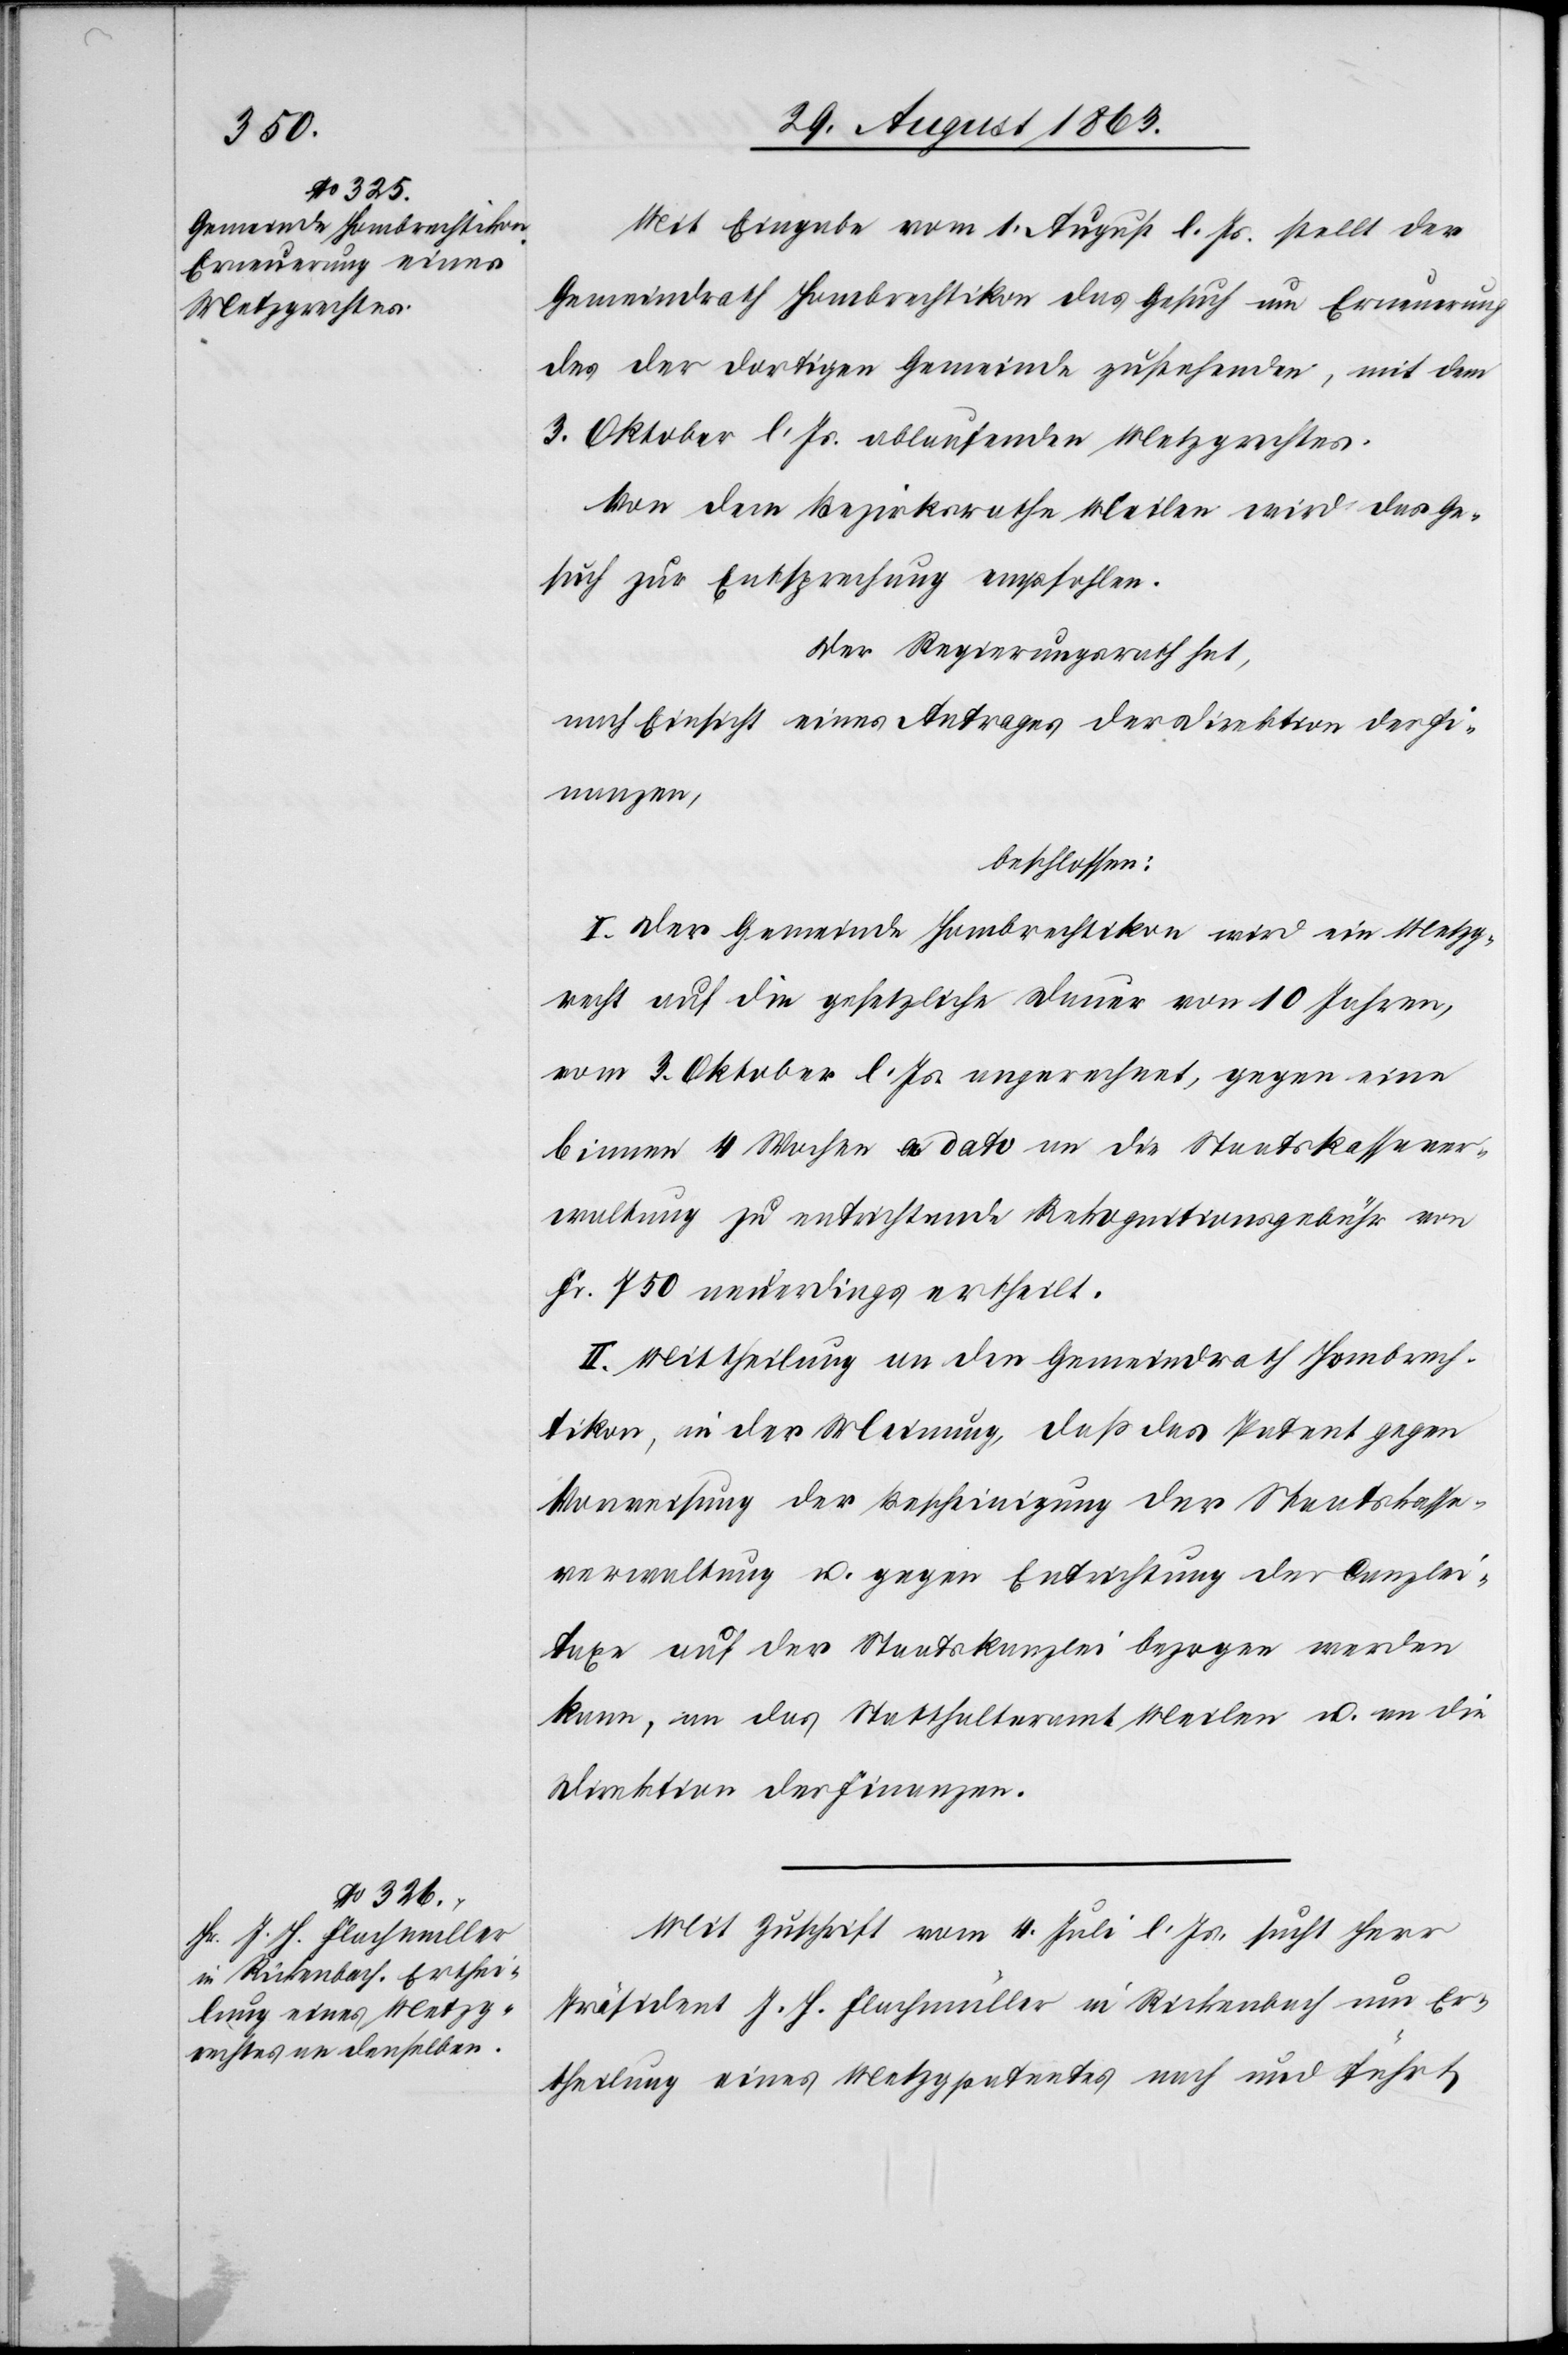
Mit Eingabe vom 1. August l. Js. stellt der
Gemeindrath Hombrechtikon das Gesuch um Erneuerung
des der dortigen Gemeinde zustehenden, mit dem
3. Oktober l. Js. ablaufenden Metzgrechtes.
Von dem Bezirksrathe Meilen wird das Ge¬
such zur Entsprechung empfohlen.
Der Regierungsrath hat,
nach Einsicht eines Antrages der Direktion der Fi¬
nanzen,
beschlossen:
I. Der Gemeinde Hombrechtikon wird ein Metzg¬
recht auf die gesetzliche Dauer von 10 Jahren,
vom 3. Oktober l. Js. angerechnet, gegen eine
binnen 4 Wochen a dato an die Staatskassaver¬
waltung zu entrichtende Rekognitionsgebühr von
Fr. 750 neuerdings ertheilt.
II. Mittheilung an den Gemeindrath Hombrech¬
tikon, in der Meinung, daß das Patent gegen
Vorweisung der Bescheinigung der Staatskassa¬
verwaltung u. gegen Entrichtung der Canzlei¬
taxe auf der Staatskanzlei bezogen werden
kann, an das Statthalteramt Meilen u. an die
Direktion der Finanzen.
Mit Zuschrift vom 4. Juli l. Js. sucht Herr
Präsident J. H. Flachmüller in Rickenbach um Er¬
theilung eines Metzgpatentes nach und führt